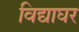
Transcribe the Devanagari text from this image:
विद्याघर